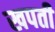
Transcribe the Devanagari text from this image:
खपती